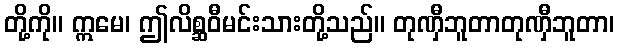
တို့ကို။ ဣမေ၊ ဤလိစ္ဆဝီမင်းသားတို့သည်။ တုဏှီဘူတာတုဏှီဘူတာ၊